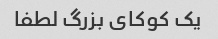
یک کوکای بزرگ لطفا